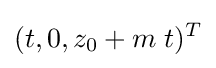
(t,0,z_{0}+m\;t)^{T}